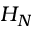
H _ { N }